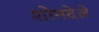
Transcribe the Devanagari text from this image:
शोनदेले